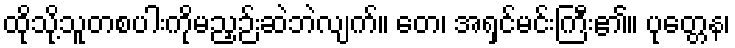
ထိုသို့သူတစပါးကိုမညှဉ်းဆဲဘဲလျက်။ တေ၊ အရှင်မင်းကြီး၏။ ပုတ္တေန၊